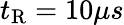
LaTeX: t_{\mathrm{{R}}}=10\mu s